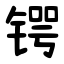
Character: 锷